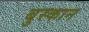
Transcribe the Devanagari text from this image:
बुस्कान